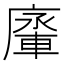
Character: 𨌱